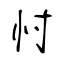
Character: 忖